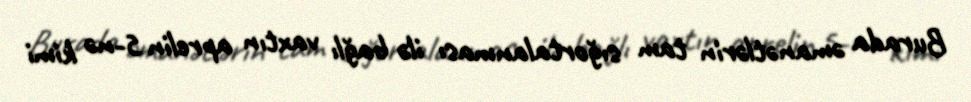
Burada əmanətlərin tam sığortalanması ilə bağlı vaxtın aprelin 5-nə kimi